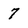
Character: 7